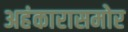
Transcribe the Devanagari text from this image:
अहंकारासमोर